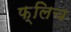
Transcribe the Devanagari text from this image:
फ्लिच